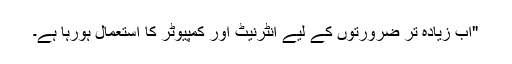
"اب زیادہ تر ضرورتوں کے لیے انٹرنیٹ اور کمپیوٹر کا استعمال ہورہا ہے۔